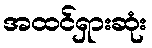
အထင်ရှားဆုံး